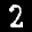
Label: 2